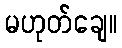
မဟုတ်ချေ။